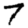
Digit: 7